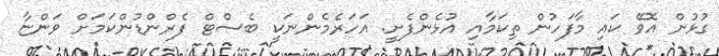
ގުޅުން އޮވޭ ކައި މާފަހުން ތިކަމާއި އުޅެންފެށީ. އަހަރެމެންނަކީ ބެސްޓް ފެރްންޑުންކަމަށް ވަންޏާ